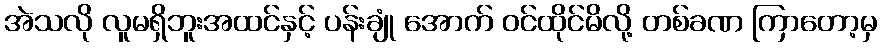
အဲသလို လူမရှိဘူးအထင်နှင့် ပန်းချုံ အောက် ဝင်ထိုင်မိလို့ တစ်ခဏ ကြာတော့မှ